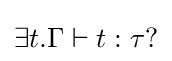
\exists t.\Gamma \vdash t:\tau ?